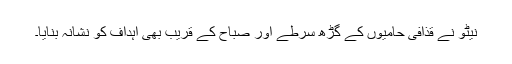
نیٹو نے قذافی حامیوں کے گڑھ سرطے اور صباح کے قریب بھی اہداف کو نشانہ بنایا۔